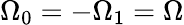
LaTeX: \Omega_{0}=-\Omega_{1}=\Omega